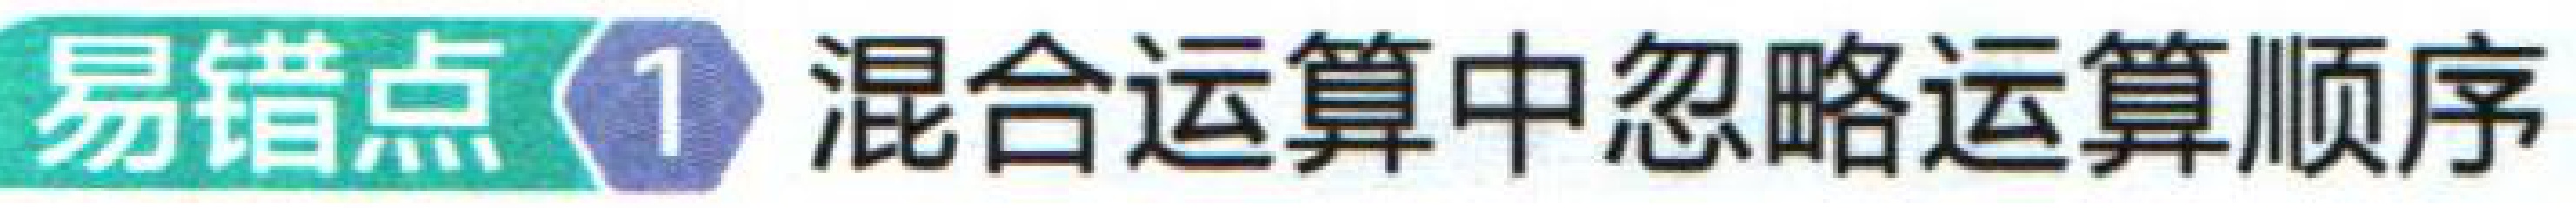
易错点 1 混合运算中忽略运算顺序